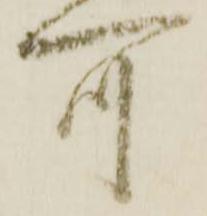
可